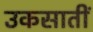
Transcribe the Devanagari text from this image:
उकसातीं